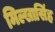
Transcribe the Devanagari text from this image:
मिल्खासिंह